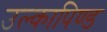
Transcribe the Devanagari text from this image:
उल्‍कापिण्‍ड